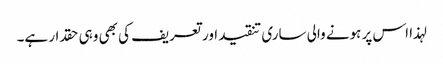
لہذا اس پر ہونے والی ساری تنقید اور تعریف کی بھی وہی حقدار ہے۔